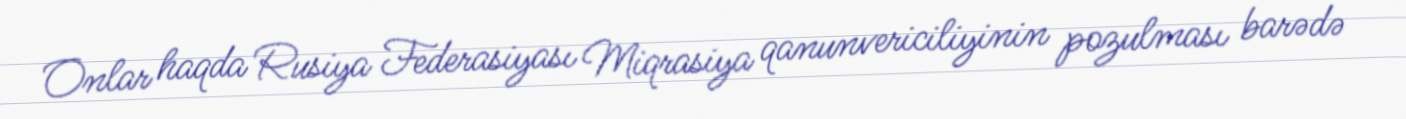
Onlar haqda Rusiya Federasiyası Miqrasiya qanunvericiliyinin pozulması barədə